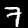
Label: 7